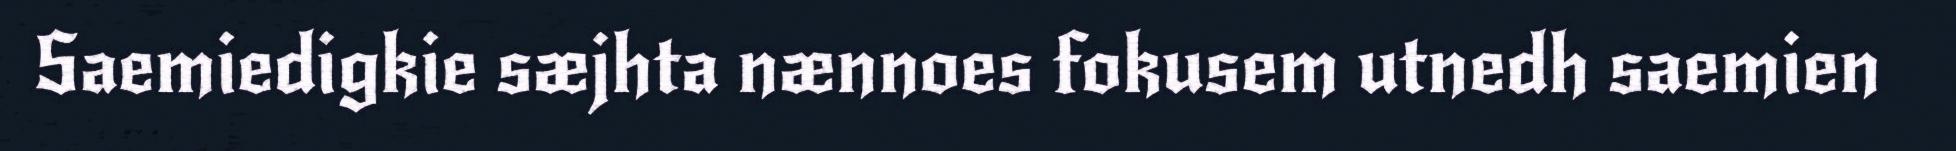
Saemiedigkie sæjhta nænnoes fokusem utnedh saemien